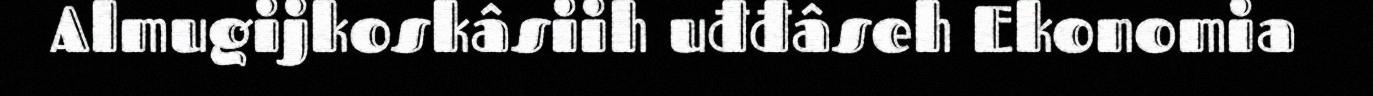
Almugijkoskâsiih uđđâseh Ekonomia